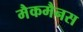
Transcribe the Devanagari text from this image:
मैकमैनस